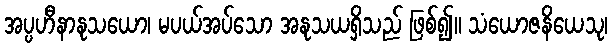
အပ္ပဟီနာနုသယော၊ မပယ်အပ်သော အနုသယရှိသည် ဖြစ်၍။ သံယောဇနိယေသု၊